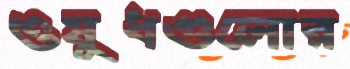
ওষুধগুলোর